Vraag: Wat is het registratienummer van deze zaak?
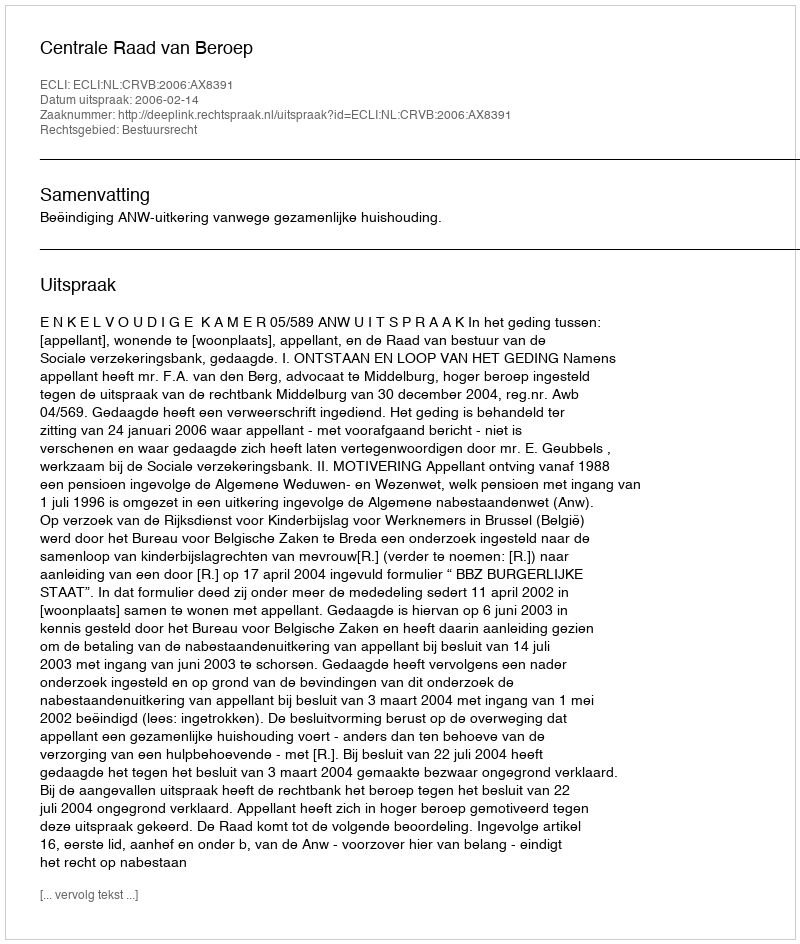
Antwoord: http://deeplink.rechtspraak.nl/uitspraak?id=ECLI:NL:CRVB:2006:AX8391